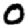
Digit: 0